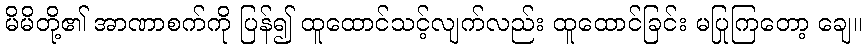
မိမိတို့၏ အာဏာစက်ကို ပြန်၍ ထူထောင်သင့်လျက်လည်း ထူထောင်ခြင်း မပြုကြတော့ ချေ။